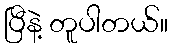
ပြီနဲ့ တူပါတယ်။